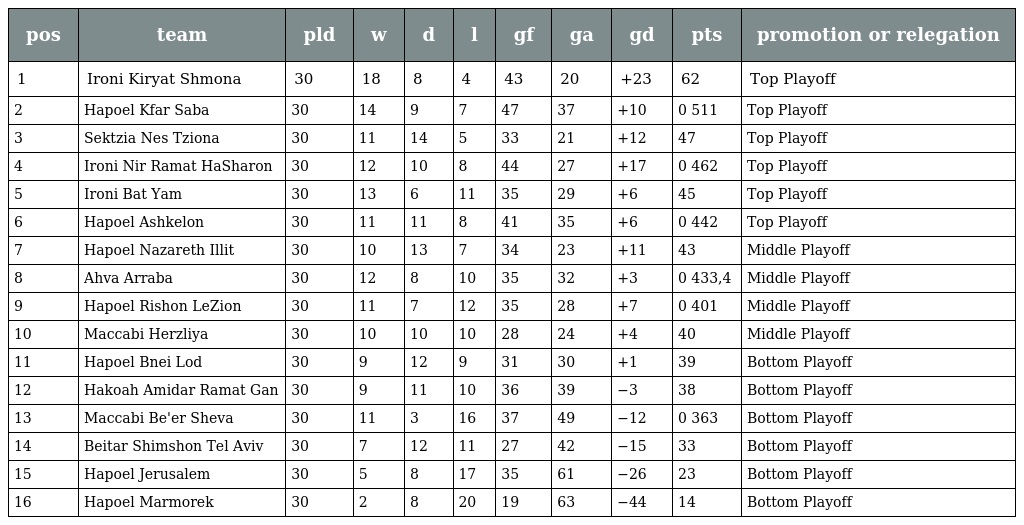
| pos | team | pld | w | d | l | gf | ga | gd | pts | promotion or relegation |
 | --- | --- | --- | --- | --- | --- | --- | --- | --- | --- | --- |
 | 1 | Ironi Kiryat Shmona | 30 | 18 | 8 | 4 | 43 | 20 | +23 | 62 | Top Playoff |
 | 2 | Hapoel Kfar Saba | 30 | 14 | 9 | 7 | 47 | 37 | +10 | 0 511 | Top Playoff |
 | 3 | Sektzia Nes Tziona | 30 | 11 | 14 | 5 | 33 | 21 | +12 | 47 | Top Playoff |
 | 4 | Ironi Nir Ramat HaSharon | 30 | 12 | 10 | 8 | 44 | 27 | +17 | 0 462 | Top Playoff |
 | 5 | Ironi Bat Yam | 30 | 13 | 6 | 11 | 35 | 29 | +6 | 45 | Top Playoff |
 | 6 | Hapoel Ashkelon | 30 | 11 | 11 | 8 | 41 | 35 | +6 | 0 442 | Top Playoff |
 | 7 | Hapoel Nazareth Illit | 30 | 10 | 13 | 7 | 34 | 23 | +11 | 43 | Middle Playoff |
 | 8 | Ahva Arraba | 30 | 12 | 8 | 10 | 35 | 32 | +3 | 0 433,4 | Middle Playoff |
 | 9 | Hapoel Rishon LeZion | 30 | 11 | 7 | 12 | 35 | 28 | +7 | 0 401 | Middle Playoff |
 | 10 | Maccabi Herzliya | 30 | 10 | 10 | 10 | 28 | 24 | +4 | 40 | Middle Playoff |
 | 11 | Hapoel Bnei Lod | 30 | 9 | 12 | 9 | 31 | 30 | +1 | 39 | Bottom Playoff |
 | 12 | Hakoah Amidar Ramat Gan | 30 | 9 | 11 | 10 | 36 | 39 | −3 | 38 | Bottom Playoff |
 | 13 | Maccabi Be'er Sheva | 30 | 11 | 3 | 16 | 37 | 49 | −12 | 0 363 | Bottom Playoff |
 | 14 | Beitar Shimshon Tel Aviv | 30 | 7 | 12 | 11 | 27 | 42 | −15 | 33 | Bottom Playoff |
 | 15 | Hapoel Jerusalem | 30 | 5 | 8 | 17 | 35 | 61 | −26 | 23 | Bottom Playoff |
 | 16 | Hapoel Marmorek | 30 | 2 | 8 | 20 | 19 | 63 | −44 | 14 | Bottom Playoff |